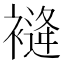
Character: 𧜨